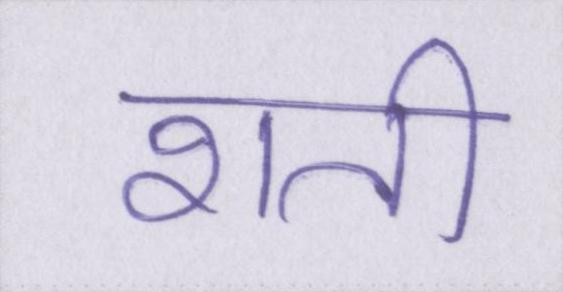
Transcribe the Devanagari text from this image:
शती